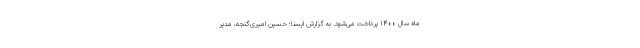
ماه سال ۱۴۰۰ پرداخت می‌شود. به گزارش ایسنا؛ حسین امیری‌گنجه، مدیر